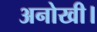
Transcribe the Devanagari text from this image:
अनोखी।